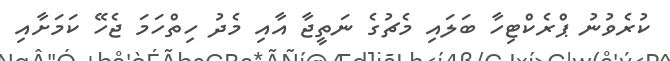
ކުރެވުނު ޕްރެކްޓިހާ ބަލައި މެޗުގެ ނަތީޖާ އާއި މެދު ހިތްހަމަ ޖެހޭ ކަމަށާއި